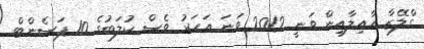
ގްލޭޒާ އާއިލާއިން ވަނީ 2012 ވަނަ އަހަރު ވެސް ކުލަބުގެ 10 ޕަސެންޓް